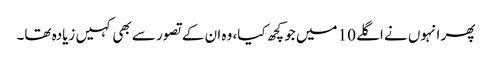
پھر انہوں نے اگلے 10 میں جو کچھ کیا، وہ ان کے تصور سے بھی کہیں زیادہ تھا۔